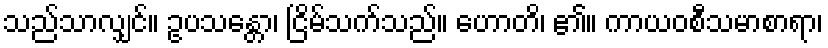
သည်သာလျှင်။ ဥပသန္တော၊ ငြိမ်သက်သည်။ ဟောတိ၊ ၏။ ကာယဝစီသမာစာရာ၊